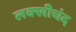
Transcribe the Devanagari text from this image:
लक्खीचंद